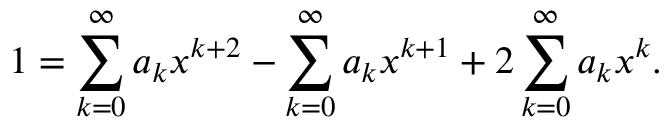
1 = \sum _ { k = 0 } ^ { \infty } a _ { k } x ^ { k + 2 } - \sum _ { k = 0 } ^ { \infty } a _ { k } x ^ { k + 1 } + 2 \sum _ { k = 0 } ^ { \infty } a _ { k } x ^ { k } .